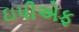
ઇપીએફ